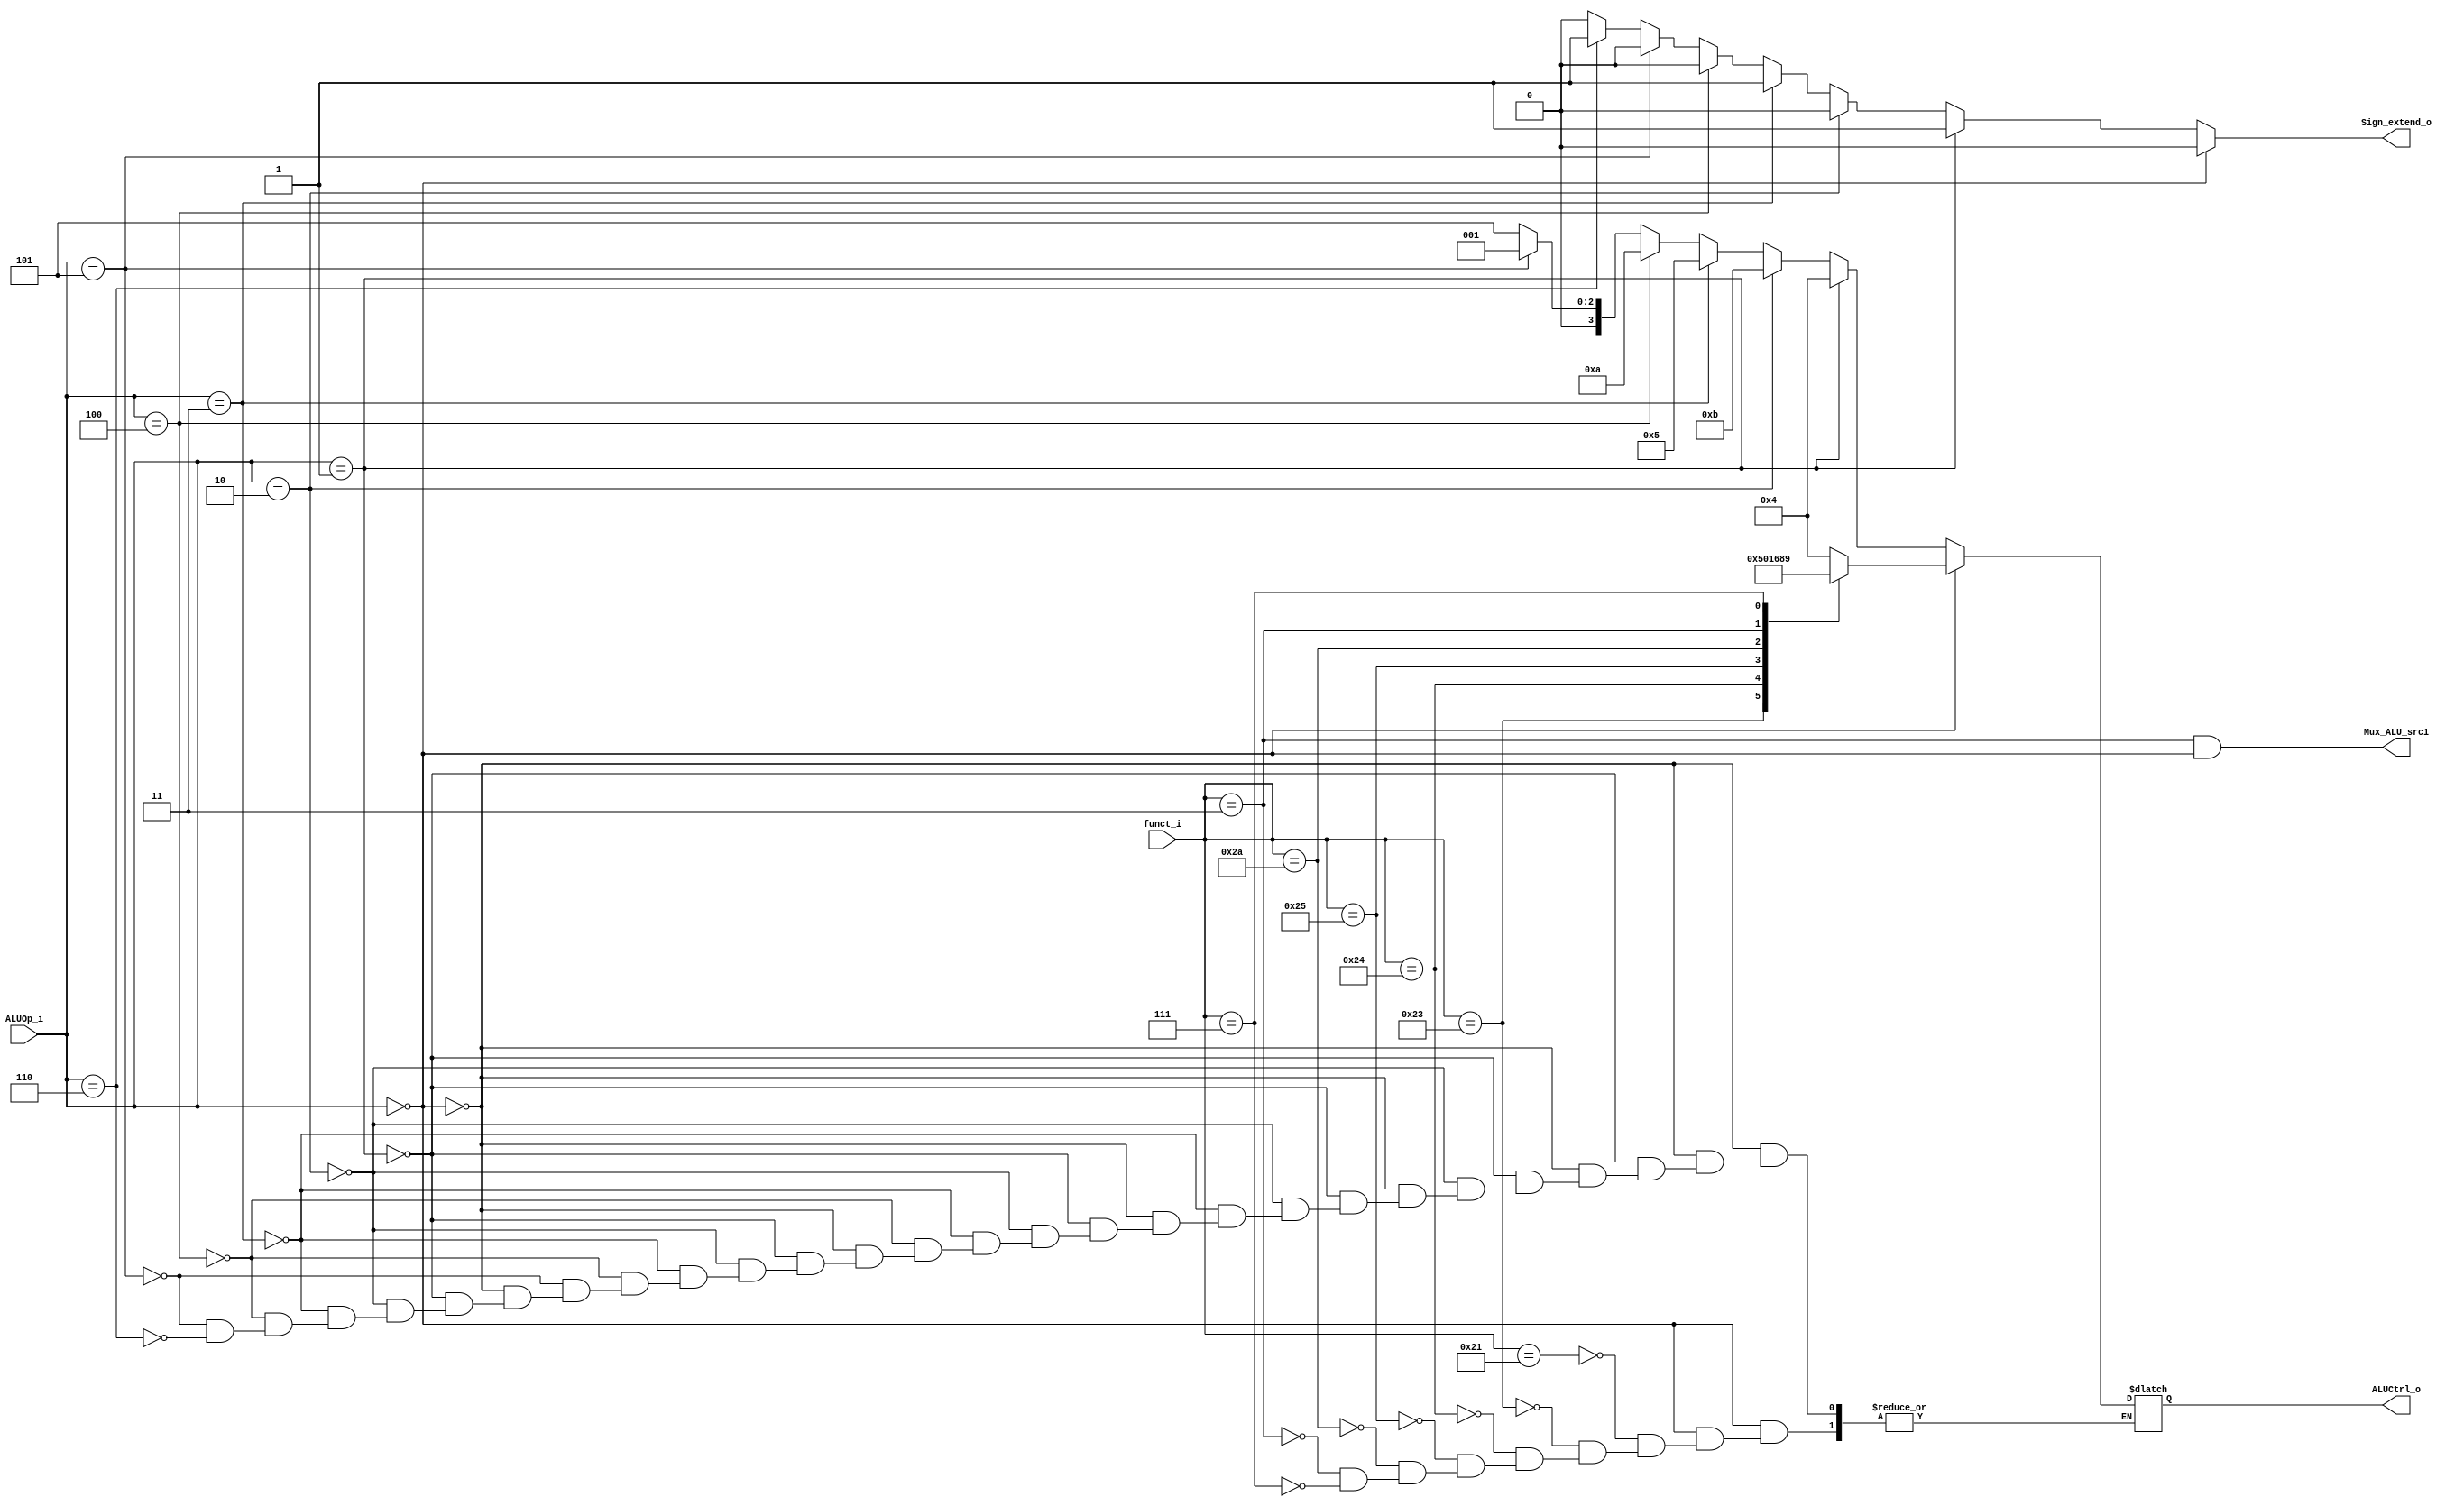

module ALU_Ctrl(
        funct_i,
        ALUOp_i,
        ALUCtrl_o,
        Sign_extend_o,
        Mux_ALU_src1
        );

//I/O ports
input      [6-1:0] funct_i;
input      [4-1:0] ALUOp_i;

output     [4-1:0] ALUCtrl_o;

//Internal Signals
reg        [4-1:0] ALUCtrl_o;
output reg Sign_extend_o;
output reg  Mux_ALU_src1;

//Select exact operation

//actual ALU control code
localparam [4-1:0] A_AND=0, A_OR=1, A_NAND=2, A_NOR=3, A_ADDU=4, A_SUBU=5, A_SLT=6, A_EQUAL=7,
                   A_SRA=8, A_SRAV=9, A_LUI=10, A_SLTU=11;

//ALUOP from decoder
localparam[4-1:0] R_TYPE=0, ADDI=1, SLTIU=2, BEQ=3, LUI=4, ORI=5, BNE=6;

//begin logic
always@(*) begin    

    Mux_ALU_src1 = (funct_i == 6'b000011 && ALUOp_i == R_TYPE);

    if(ALUOp_i == R_TYPE) begin
        case(funct_i) 
            6'b100001: begin //add unsigned
                ALUCtrl_o = A_ADDU;
            end
            6'b100011: begin //sub unsigned
                ALUCtrl_o = A_SUBU;
            end
            6'b100100: begin //bitwise and
                ALUCtrl_o = A_AND;
            end
            6'b100101: begin //bitwise or
                ALUCtrl_o = A_OR;
            end
            6'b101010: begin //slt
                ALUCtrl_o = A_SLT;
            end
            6'b000011: begin // shift right constant
                ALUCtrl_o = A_SRA;
            end
            6'b000111: begin //shift right variable
                ALUCtrl_o = A_SRAV;
            end


        endcase
        Sign_extend_o = 0;
    end

    else if(ALUOp_i == ADDI) begin
        Sign_extend_o = 1;
        ALUCtrl_o = A_ADDU;

    end
    else if(ALUOp_i == SLTIU) begin
        Sign_extend_o = 0;
        ALUCtrl_o = A_SLTU;

    end
    else if(ALUOp_i == BEQ)begin
        Sign_extend_o = 1;
        ALUCtrl_o = A_SUBU;
    end
    else if (ALUOp_i == LUI) begin
        Sign_extend_o = 0;
        ALUCtrl_o = A_LUI;
    end
    else if (ALUOp_i == ORI) begin
        Sign_extend_o = 0;
        ALUCtrl_o = A_OR;
    end 
    else if(ALUOp_i == BNE)begin
        Sign_extend_o = 1;
        ALUCtrl_o = A_SUBU;
    end

    else begin
        Sign_extend_o = 0;
    end

end


endmodule